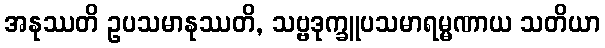
အနုဿတိ ဥပသမာနုဿတိ, သဗ္ဗဒုက္ခူပသမာရမ္မဏာယ သတိယာ